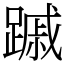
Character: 䠞